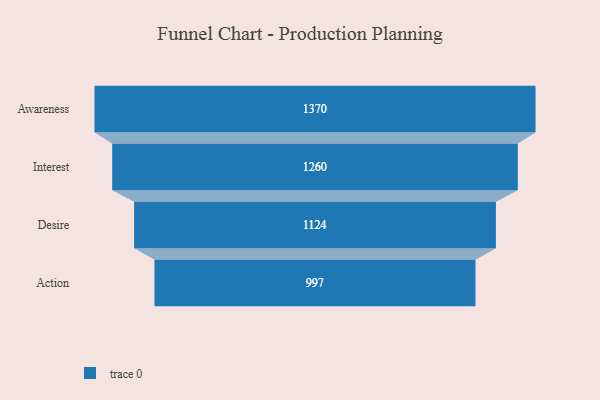
{"axis": {"x": "Stage", "y": "Value"}, "legend": [""], "data": [{"x": "Awareness", "y": 1370.0, "type": ""}, {"x": "Interest", "y": 1260.0, "type": ""}, {"x": "Desire", "y": 1124.0, "type": ""}, {"x": "Action", "y": 997.0, "type": ""}]}